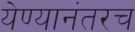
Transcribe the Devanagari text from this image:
येण्यानंतरच